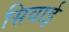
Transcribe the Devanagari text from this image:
सिवाई